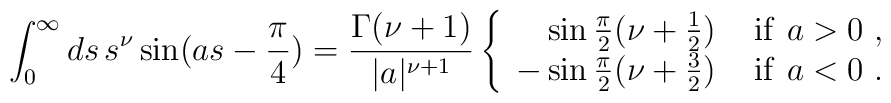
\int_0^\infty ds\, s^\nu\sin(as-\frac{\pi}{4})        =\frac{\Gamma(\nu+1)}{|a|^{\nu+1}}\left\{        \begin{array}{rl} \sin\frac{\pi}{2}        (\nu+\frac{1}{2}) &\ {\rm if }\ a>0\ ,\\                -\sin\frac{\pi}{2}(\nu+\frac{3}{2}) &\ {\rm if }\ a<0\ .        \end{array}\right.